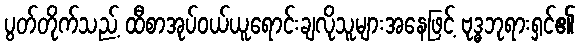
ပွတ်တိုက်သည့် ထီစာအုပ်ဝယ်ယူရောင်းချလိုသူများအနေဖြင့် ဗုဒ္ဓဘုရားရှင်၏